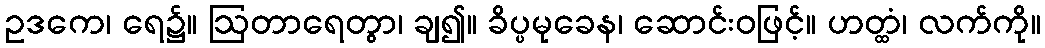
ဥဒကေ၊ ရေ၌။ ဩတာရေတွာ၊ ချ၍။ ခိပ္ပမုခေန၊ ဆောင်းဝဖြင့်။ ဟတ္ထံ၊ လက်ကို။